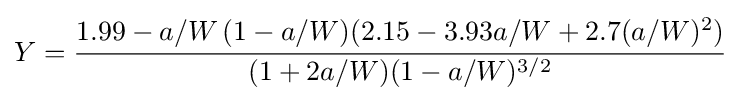
Y={\cfrac {1.99-a/W\,(1-a/W)(2.15-3.93a/W+2.7(a/W)^{2})}{(1+2a/W)(1-a/W)^{3/2}}}